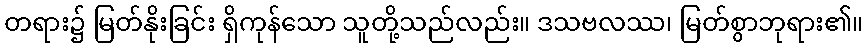
တရား၌ မြတ်နိုးခြင်း ရှိကုန်သော သူတို့သည်လည်း။ ဒသဗလဿ၊ မြတ်စွာဘုရား၏။